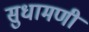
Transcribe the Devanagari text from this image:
सुधामणी